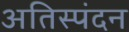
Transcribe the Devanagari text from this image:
अतिस्पंदन